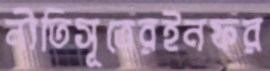
নীতিসূত্রেরইনফর